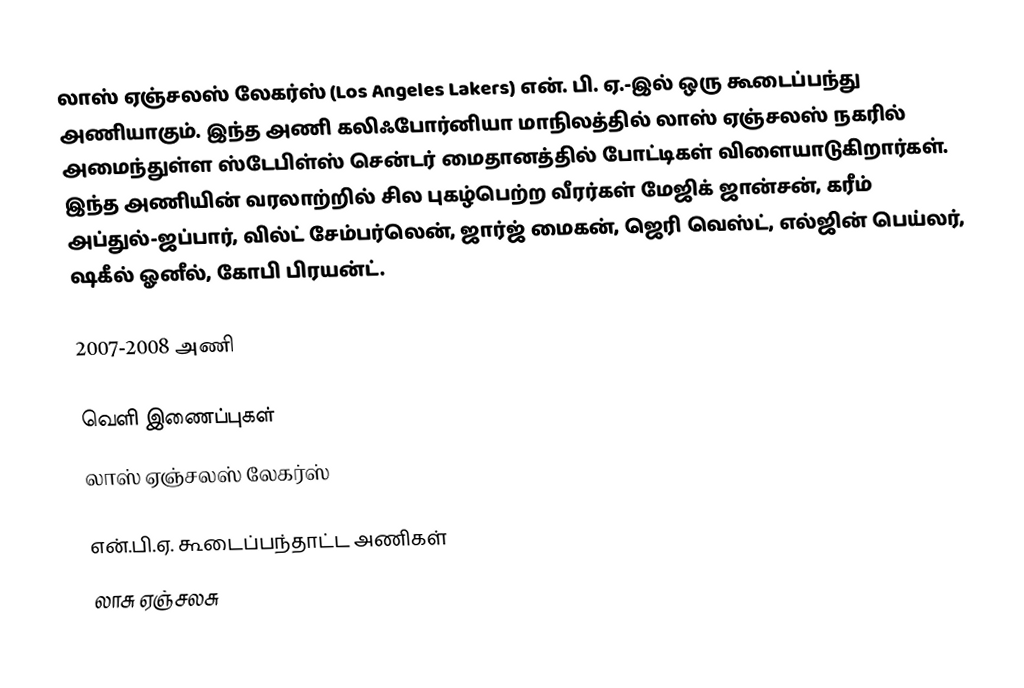
லாஸ் ஏஞ்சலஸ் லேகர்ஸ் (Los Angeles Lakers) என். பி. ஏ.-இல் ஒரு கூடைப்பந்து அணியாகும். இந்த அணி கலிஃபோர்னியா மாநிலத்தில் லாஸ் ஏஞ்சலஸ் நகரில் அமைந்துள்ள  ஸ்டேபிள்ஸ் சென்டர் மைதானத்தில் போட்டிகள் விளையாடுகிறார்கள். இந்த அணியின் வரலாற்றில் சில புகழ்பெற்ற வீரர்கள் மேஜிக் ஜான்சன், கரீம் அப்துல்-ஜப்பார், வில்ட் சேம்பர்லென், ஜார்ஜ் மைகன், ஜெரி வெஸ்ட், எல்ஜின் பெய்லர், ஷகீல் ஓனீல், கோபி பிரயன்ட்.

2007-2008 அணி

வெளி இணைப்புகள்
 லாஸ் ஏஞ்சலஸ் லேகர்ஸ்

என்.பி.ஏ. கூடைப்பந்தாட்ட அணிகள்
லாசு ஏஞ்சலசு